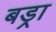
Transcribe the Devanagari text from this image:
बड्रा